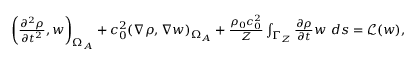
\begin{array} { r } { \left( \frac { \partial ^ { 2 } \rho } { \partial t ^ { 2 } } , w \right) _ { \Omega _ { A } } + c _ { 0 } ^ { 2 } ( \nabla \rho , \nabla w ) _ { \Omega _ { A } } + \frac { \rho _ { 0 } c _ { 0 } ^ { 2 } } { Z } \int _ { \Gamma _ { Z } } \frac { \partial \rho } { \partial t } w \ d s = \mathcal { L } ( w ) , } \end{array}